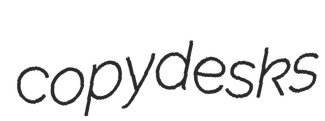
copydesks